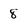
Character: 8